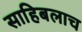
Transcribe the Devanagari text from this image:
साहिबलाच